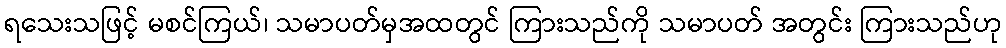
ရသေးသဖြင့် မစင်ကြယ်၊ သမာပတ်မှအထတွင် ကြားသည်ကို သမာပတ် အတွင်း ကြားသည်ဟု